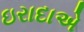
ઇરાદાએ